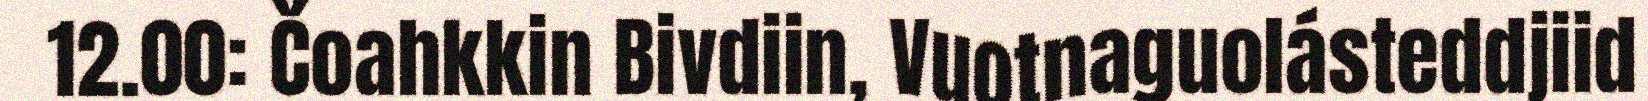
12.00: Čoahkkin Bivdiin, Vuotnaguolásteddjiid